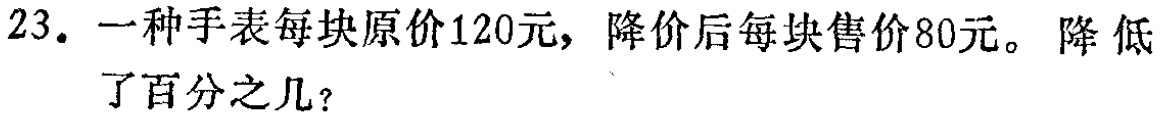
23. 一种手表每块原价120元，降价后每块售价80元。降低了百分之几？